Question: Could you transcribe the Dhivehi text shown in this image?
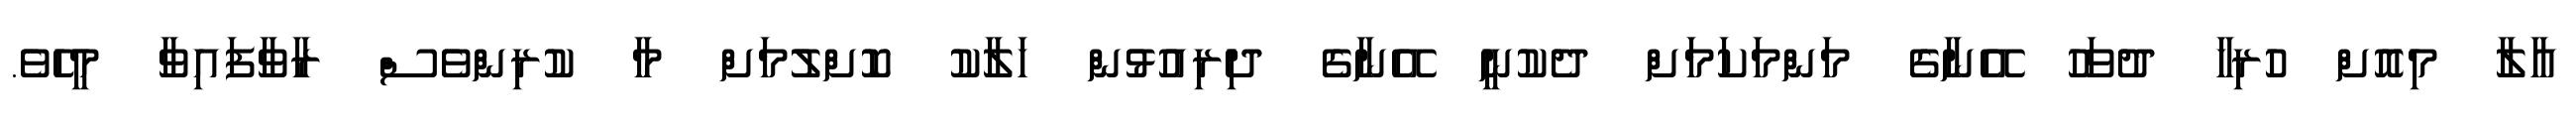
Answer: އާލާ މިއޮށް ހުރިހާ ދުވަހު އޭނާގެ މަންމަކަމަށް ދެކުނީ އޭނާގެ ދިރިއުޅުން ހަލާކު ކޮށްލުމަށް މާ ކުރިންވެސް ރާވާފައިވާ މީހެވެ.